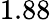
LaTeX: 1.88